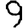
Digit: 9